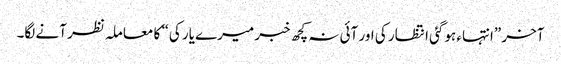
آخر ”انتہاء ہوگئی انتظار کی اور آئی نہ کچھ خبر میرے یار کی“ کا معاملہ نظر آنے لگا۔